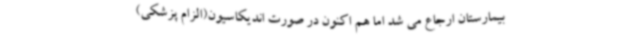
بیمارستان ارجاع می شد اما هم اکنون در صورت اندیکاسیون(الزام پزشکی)